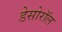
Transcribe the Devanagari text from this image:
डेसोरॉल